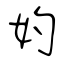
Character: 妁